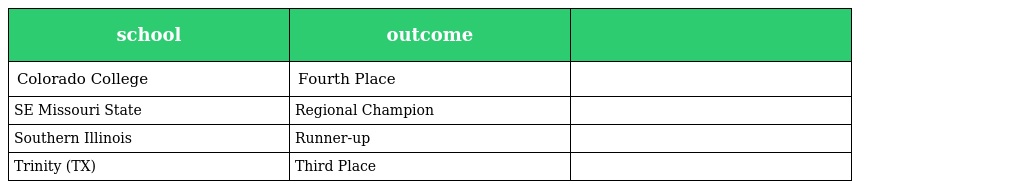
| school | outcome |  |
 | --- | --- | --- |
 | Colorado College | Fourth Place |  |
 | SE Missouri State | Regional Champion |  |
 | Southern Illinois | Runner-up |  |
 | Trinity (TX) | Third Place |  |